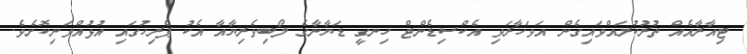
ޓިއާރާއެއް ތުރުކުރައްވައިގެން އަވަހާރަވި އެކްސިޑެންޓް ހިނގީ ޑަޔާނާގެ ލޯބިވެރިޔާއާ އެކު ޕެރިހުގައި އުޅުއްވަނިކޮށެވެ.